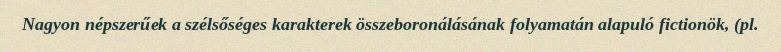
Nagyon népszerűek a szélsőséges karakterek összeboronálásának folyamatán alapuló fictionök, (pl.